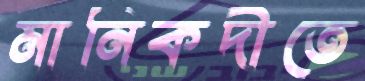
মানিকদীতে